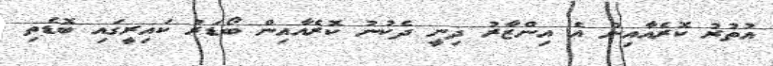
އުތުރު ކޮރެއާއިން އެ އިންޒާރު ދިނީ ދެކުނު ކޮރެއާއިން ބޯޑަރު ކައިރީގައި ބޮޑެތި